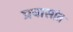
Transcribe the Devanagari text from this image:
प्रवासांत